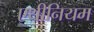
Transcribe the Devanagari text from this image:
एथीनियम